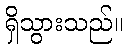
ရှိသွားသည်။